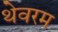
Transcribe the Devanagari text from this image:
थेवरम